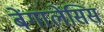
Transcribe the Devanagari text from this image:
बेंगालेंसिस